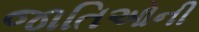
જાતિઓની